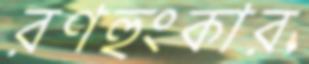
রণহুংকার